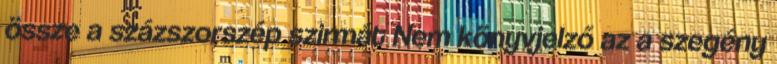
össze a százszorszép szirmát Nem könyvjelző az a szegény